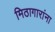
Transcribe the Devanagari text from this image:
मिठागारांना